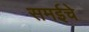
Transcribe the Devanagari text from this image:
समईचे